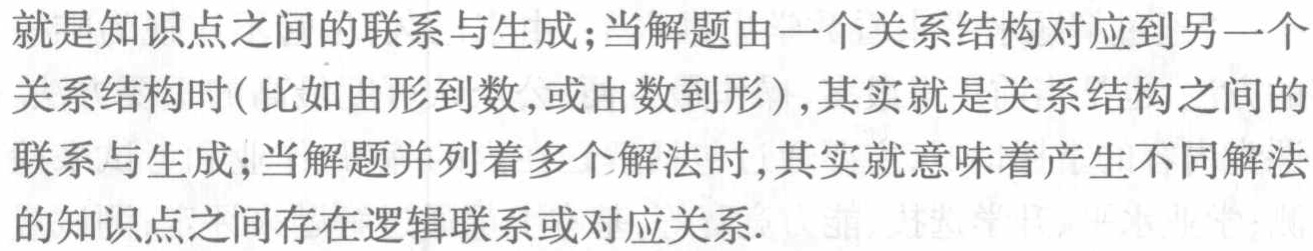
就是知识点之间的联系与生成;当解题由一个关系结构对应到另一个关系结构时(比如由形到数,或由数到形),其实就是关系结构之间的联系与生成;当解题并列着多个解法时,其实就意味着产生不同解法的知识点之间存在逻辑联系或对应关系.